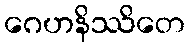
ဂေဟနိဿိတေ